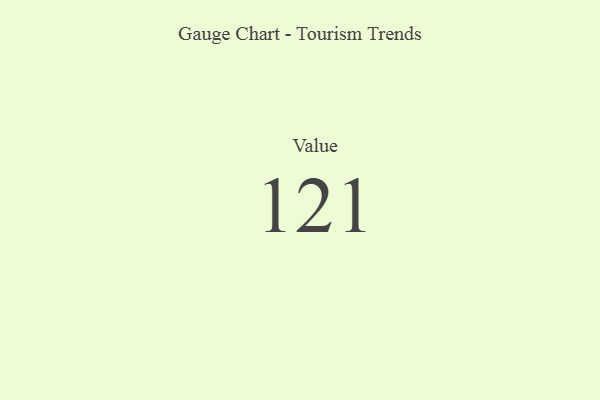
{"axis": {"x": "Metric", "y": "Value"}, "legend": [""], "data": [{"x": "Value", "y": 121, "type": ""}]}